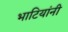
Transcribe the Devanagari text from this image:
भाटियांनी